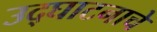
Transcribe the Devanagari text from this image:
उद्‌घाटनाचे